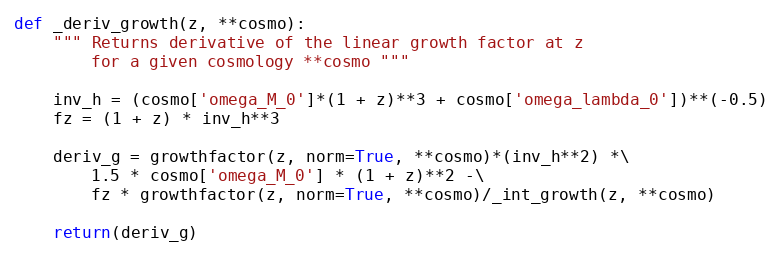
Language: Python
def _deriv_growth(z, **cosmo):
    """ Returns derivative of the linear growth factor at z
        for a given cosmology **cosmo """

    inv_h = (cosmo['omega_M_0']*(1 + z)**3 + cosmo['omega_lambda_0'])**(-0.5)
    fz = (1 + z) * inv_h**3

    deriv_g = growthfactor(z, norm=True, **cosmo)*(inv_h**2) *\
        1.5 * cosmo['omega_M_0'] * (1 + z)**2 -\
        fz * growthfactor(z, norm=True, **cosmo)/_int_growth(z, **cosmo)

    return(deriv_g)